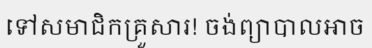
ទៅសមាជិកគ្រួសារ! ចង់ព្យាបាលអាច